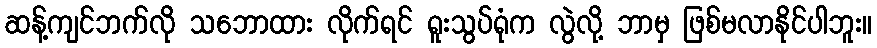
ဆန့်ကျင်ဘက်လို သဘောထား လိုက်ရင် ရူးသွပ်ရုံက လွဲလို့ ဘာမှ ဖြစ်မလာနိုင်ပါဘူး။